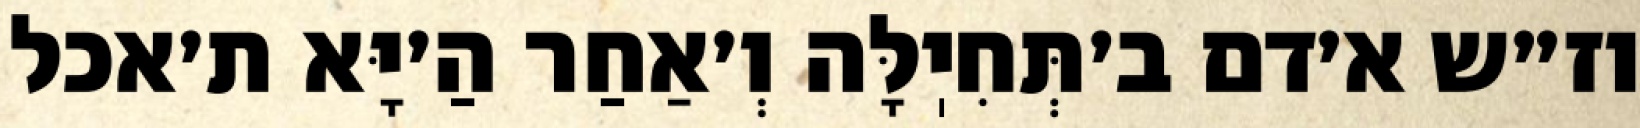
וז״ש א׳דם ב׳תְּחִיֽלָּה וְ׳אַחַר הַ׳יָּא ת׳אכל